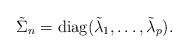
LaTeX: \begin{align*} \tilde{\Sigma}_n = \textup{diag}(\tilde{\lambda}_{1},\ldots,\tilde{\lambda}_{p}).\end{align*}